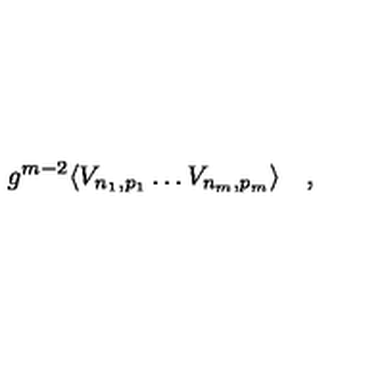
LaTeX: g ^ { m - 2 } \langle V _ { n _ { 1 } , p _ { 1 } } \dots V _ { n _ { m } , p _ { m } } \rangle \quad ,